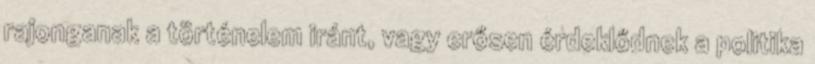
rajonganak a történelem iránt, vagy erősen érdeklődnek a politika